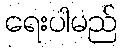
ရေးပါမည်